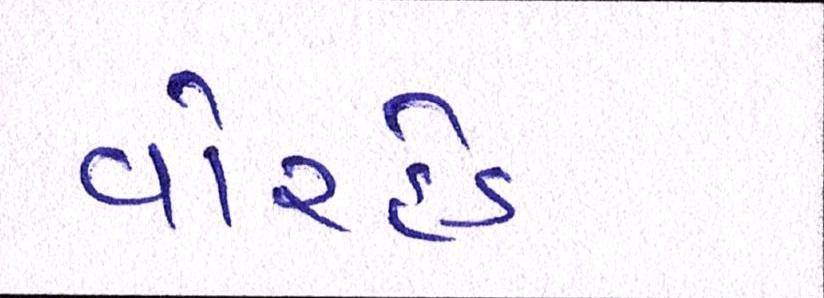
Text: વોરહેડ